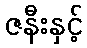
ဇနီးနှင့်